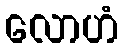
လောဟံ